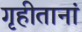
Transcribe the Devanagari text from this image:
गृहीतानां